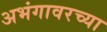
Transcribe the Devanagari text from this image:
अभंगावरच्या